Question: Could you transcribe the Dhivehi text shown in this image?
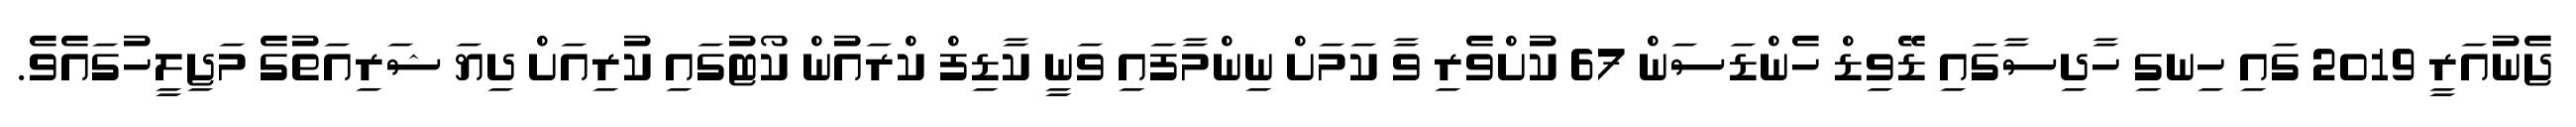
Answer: ޖެނުއަރީ 2019 ގައި ހިނގި ހާދިސާގައި ޑޭވިޑް ހެންޑަސަން 67 ކުށްވެރި ވާ ކަމަށް ނިންމާފައި ވަނީ ކާޑިފް ކްރައުން ކޯޓުގައި ކުރިއަށް ދިޔަ ޝަރިއަތުގެ މަޖިލީހުގައެވެ.